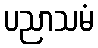
ပညာသမံ